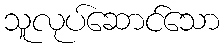
သူလုပ်ဆောင်သော